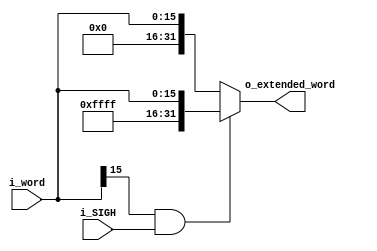
module sign_extension(i_word, o_extended_word, i_SIGH);

 /* A 16-Bit input word */
 input 		[15:0] i_word;
 input 				 i_SIGH;

 /* A 32-Bit extended output word */
 output reg [31:0] o_extended_word;    

 always@*
	o_extended_word = (i_word[15] && i_SIGH) ? {16'hffff, i_word} : {16'h0000, i_word};
endmodule